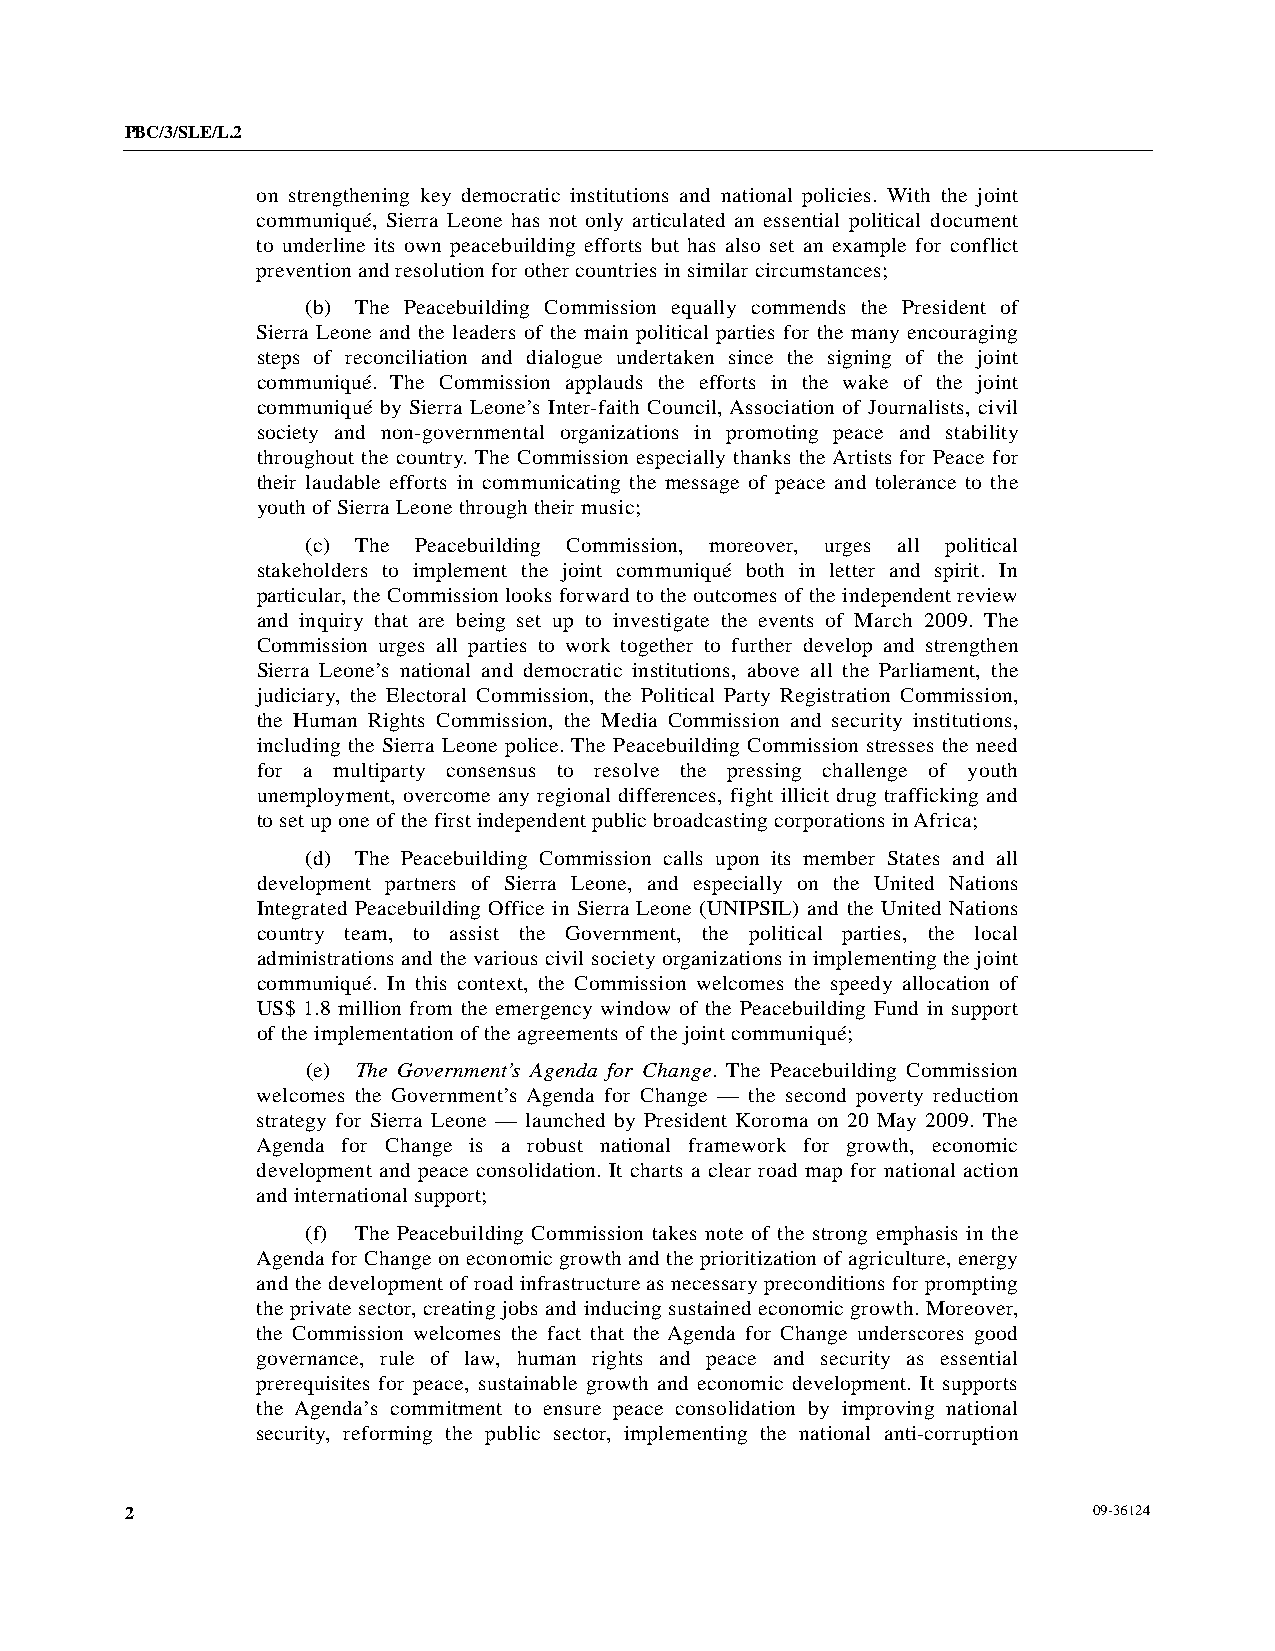
PBC/3/SLE/L.2
 on strengthening key democratic institutions and national policies. With the joint
 communiqué, Sierra Leone has not only articulated an essential political document
 to underline its own peacebuilding efforts but has also set an example for conflict
 prevention and resolution for other countries in similar circumstances;
 (b) The Peacebuilding Commission equally commends the President of
 Sierra Leone and the leaders of the main political parties for the many encouraging
 steps of reconciliation and dialogue undertaken since the signing of the joint
 communiqué. The Commission applauds the efforts in the wake of the joint
 communiqué by Sierra Leone’s Inter-faith Council, Association of Journalists, civil
 society and non-governmental organizations in promoting peace and stability
 throughout the country. The Commission especially thanks the Artists for Peace for
 their laudable efforts in communicating the message of peace and tolerance to the
 youth of Sierra Leone through their music;
 (c) The Peacebuilding Commission, moreover, urges all political
 stakeholders to implement the joint communiqué both in letter and spirit. In
 particular, the Commission looks forward to the outcomes of the independent review
 and inquiry that are being set up to investigate the events of March 2009. The
 Commission urges all parties to work together to further develop and strengthen
 Sierra Leone’s national and democratic institutions, above all the Parliament, the
 judiciary, the Electoral Commission, the Political Party Registration Commission,
 the Human Rights Commission, the Media Commission and security institutions,
 including the Sierra Leone police. The Peacebuilding Commission stresses the need
 for a multiparty consensus to resolve the pressing challenge of youth
 unemployment, overcome any regional differences, fight illicit drug trafficking and
 to set up one of the first independent public broadcasting corporations in Africa;
 (d) The Peacebuilding Commission calls upon its member States and all
 development partners of Sierra Leone, and especially on the United Nations
 Integrated Peacebuilding Office in Sierra Leone (UNIPSIL) and the United Nations
 country team, to assist the Government, the political parties, the local
 administrations and the various civil society organizations in implementing the joint
 communiqué. In this context, the Commission welcomes the speedy allocation of
 US$ 1.8 million from the emergency window of the Peacebuilding Fund in support
 of the implementation of the agreements of the joint communiqué;
 (e) The Government’s Agenda for Change. The Peacebuilding Commission
 welcomes the Government’s Agenda for Change — the second poverty reduction
 strategy for Sierra Leone — launched by President Koroma on 20 May 2009. The
 Agenda for Change is a robust national framework for growth, economic
 development and peace consolidation. It charts a clear road map for national action
 and international support;
 (f) The Peacebuilding Commission takes note of the strong emphasis in the
 Agenda for Change on economic growth and the prioritization of agriculture, energy
 and the development of road infrastructure as necessary preconditions for prompting
 the private sector, creating jobs and inducing sustained economic growth. Moreover,
 the Commission welcomes the fact that the Agenda for Change underscores good
 governance, rule of law, human rights and peace and security as essential
 prerequisites for peace, sustainable growth and economic development. It supports
 the Agenda’s commitment to ensure peace consolidation by improving national
 security, reforming the public sector, implementing the national anti-corruption
 2                                                               09-36124